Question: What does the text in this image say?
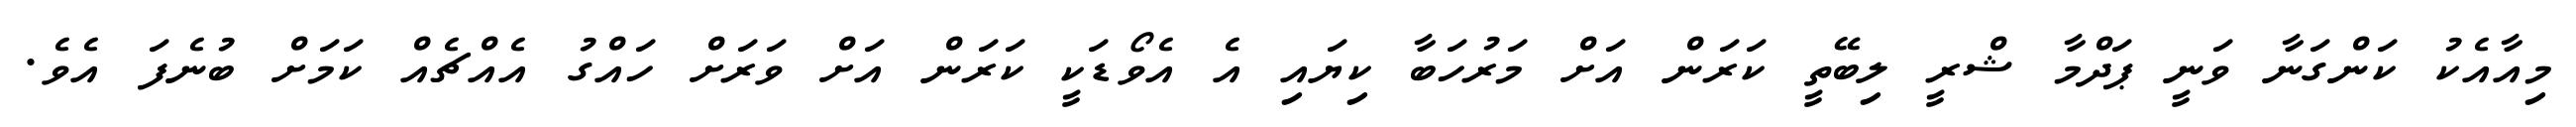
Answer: މިއާއެކު ކަންގަނާ ވަނީ ޕަދްމާ ޝްރީ ލިބޭތީ ކަރަން އަށް މަރުހަބާ ކިޔައި އެ އެވޯޑަކީ ކަރަން އަށް ވަރަށް ހައްގު އެއްޗެއް ކަމަށް ބުނެފަ އެވެ.